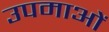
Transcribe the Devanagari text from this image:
उपमाआें